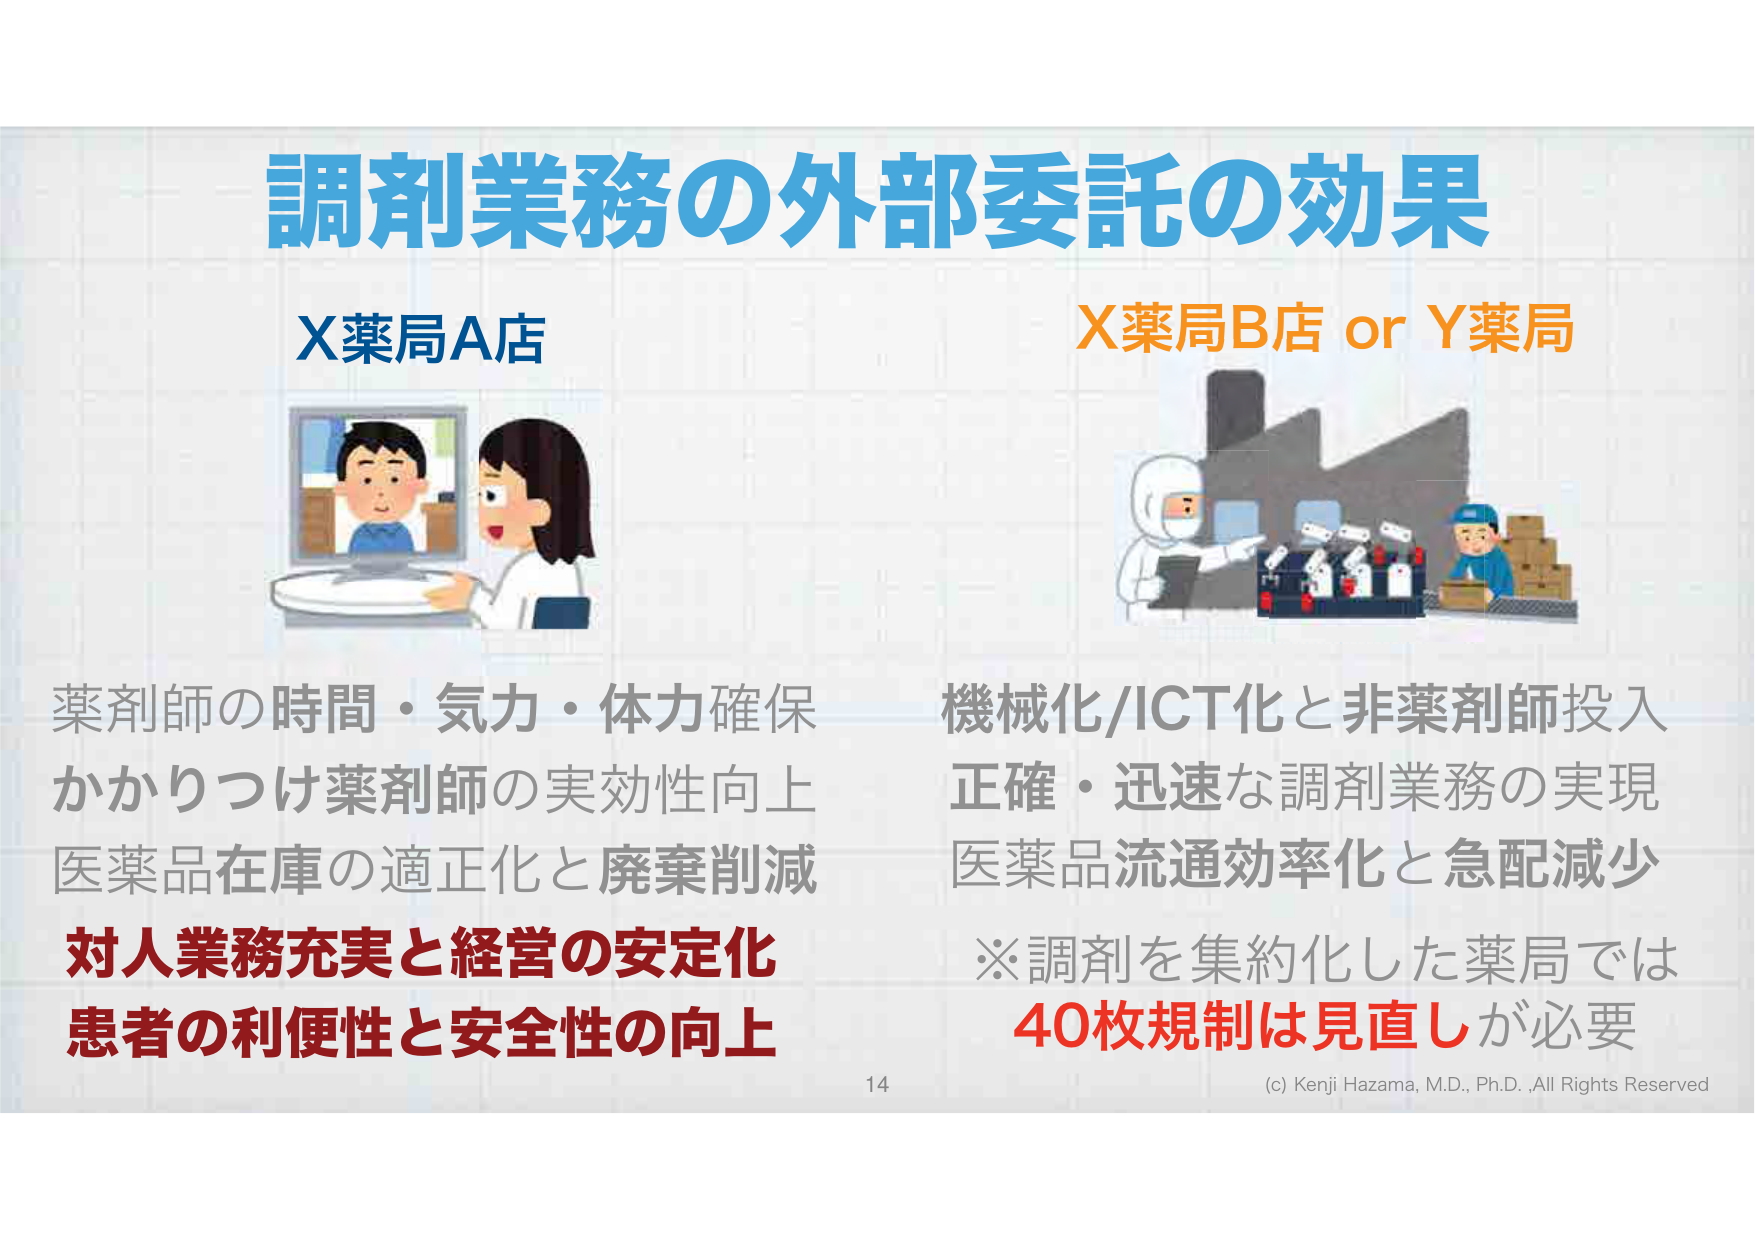
調剤業務の外部委託の効果
X薬局A店
X薬局B店 or Y薬局
薬剤師の時間・気力・体力確保
かかりつけ薬剤師の実効性向上
医薬品在庫の適正化と廃棄削減
対人業務充実と経営の安定化
患者の利便性と安全性の向上
機械化/ICT化と非薬剤師投入
正確・迅速な調剤業務の実現
医薬品流通効率化と急配減少
※調剤を集約化した薬局では
40枚規制は見直しが必要
14
(c) Kenji Hazama, M.D., Ph.D., All Rights Reserved